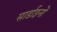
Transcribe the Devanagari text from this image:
सार्डाइनों